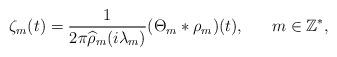
LaTeX: \begin{align*} \zeta_m(t)=\frac{1}{2\pi\widehat{\rho}_m(i\lambda_m)}(\Theta_m*\rho_m)(t), \ \ \ \ \ m\in\mathbb{Z}^*,\end{align*}